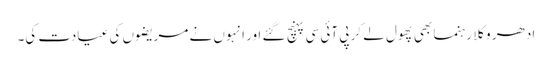
ادھر وکلا رہنما بھی پھول لے کر پی آئی سی پہنچ گئے اور انہوں نے مریضوں کی عیادت کی۔